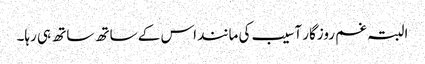
البتہ غم روزگار آسیب کی مانند اس کے ساتھ ساتھ ہی رہا۔